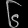
Digit: ၆